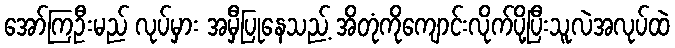
အော်ကြဦးမည် လုပ်မှား အမှီပြုနေသည့် အိတုံကိုကျောင်းလိုက်ပို့ပြီးသူလဲအလုပ်ထဲ